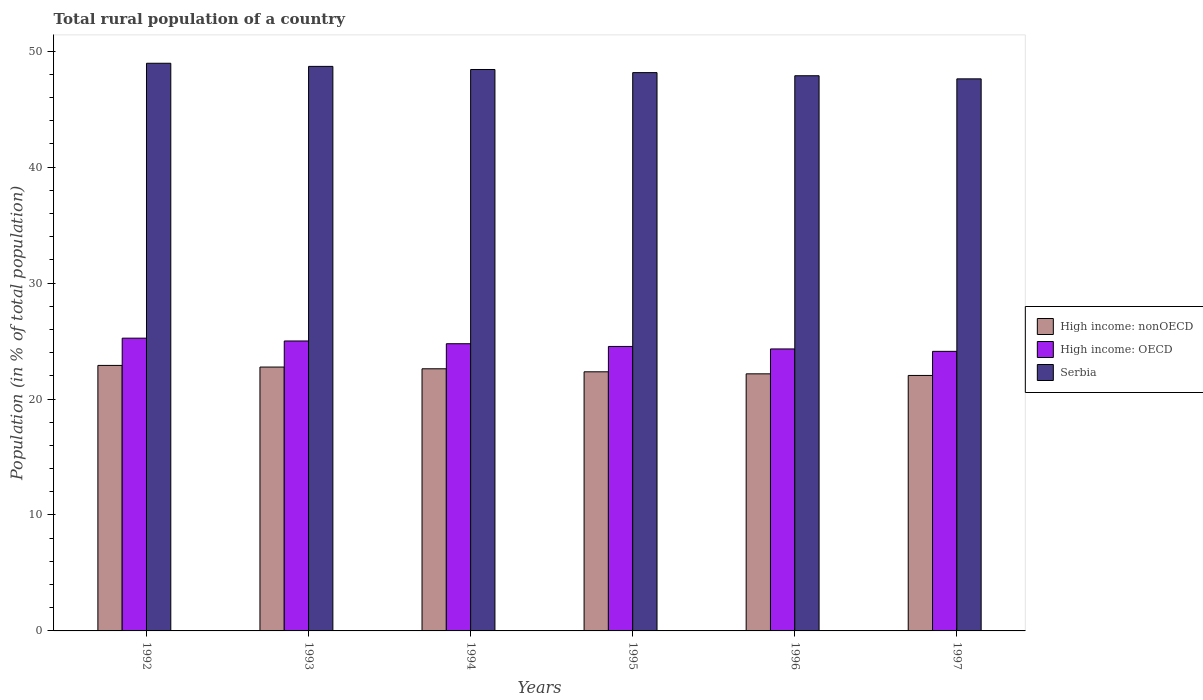
| Years | High income: nonOECD | High income: OECD | Serbia |
 | --- | --- | --- | --- |
 | 1992 | 22.9 | 25.3 | 49 |
 | 1993 | 22.8 | 25 | 48.7 |
 | 1994 | 22.6 | 24.8 | 48.4 |
 | 1995 | 22.3 | 24.5 | 48.2 |
 | 1996 | 22.2 | 24.3 | 47.9 |
 | 1997 | 22 | 24.1 | 47.6 |